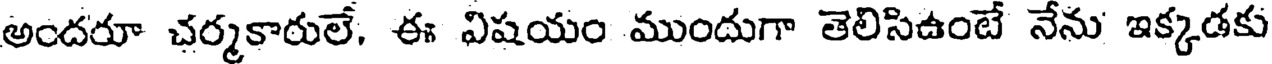
అందరూ చర్మకారులే, ఈ విషయం ముందుగా తెలిసిఉంటే నేను ఇక్కడకు